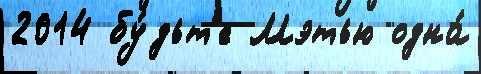
2014 бу́дьт'е Мэтью одна́